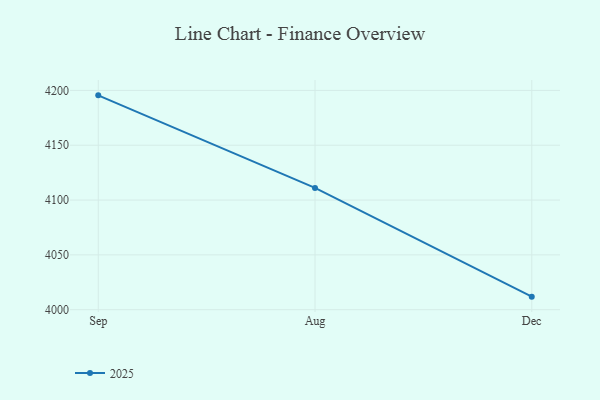
{"axis": {"x": "Month", "y": "Waste Production (Tons)"}, "legend": ["2025"], "data": [{"x": "Sep", "y": 4195.5, "type": "2025"}, {"x": "Aug", "y": 4111.1, "type": "2025"}, {"x": "Dec", "y": 4011.9, "type": "2025"}]}